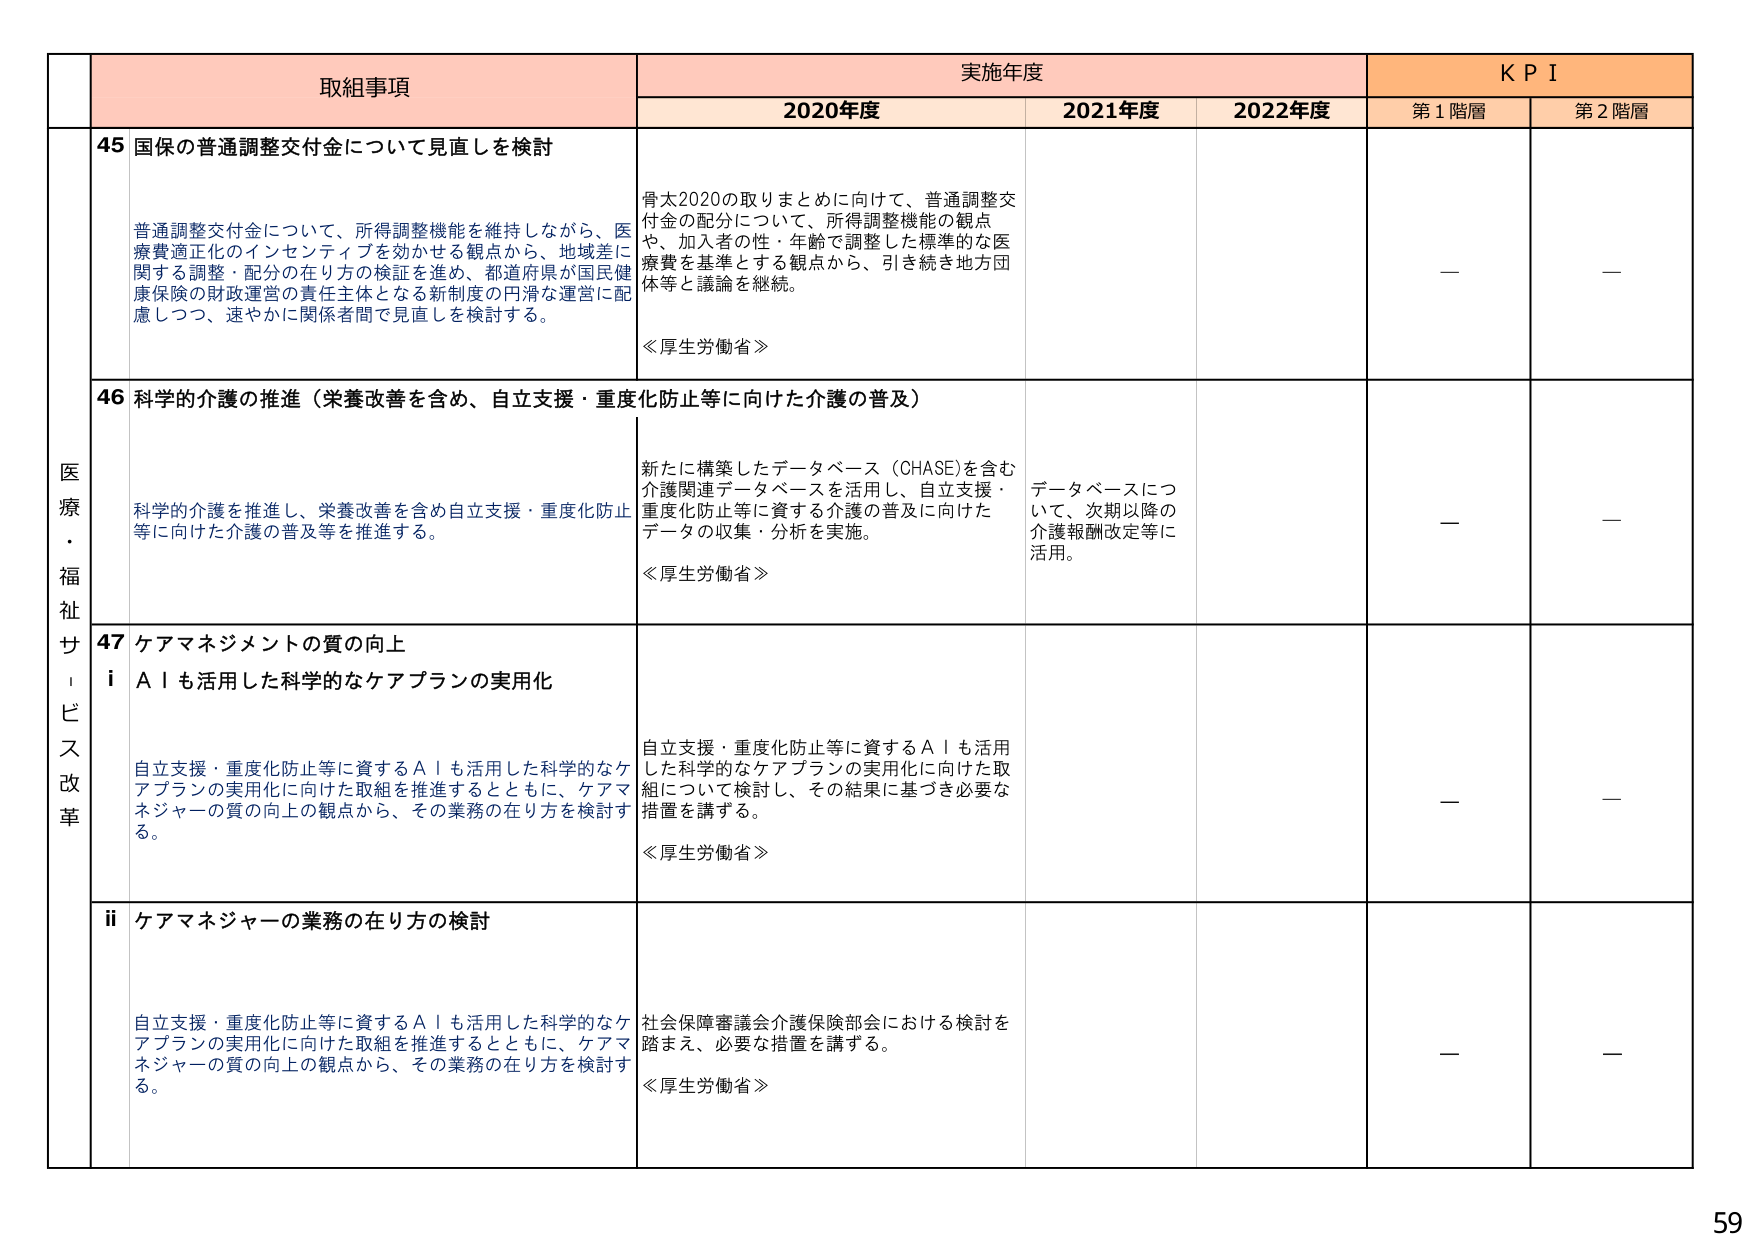
医療・福祉サービス改革

取組事項

45 国保の普通調整交付金について見直しを検討

普通調整交付金について、所得調整機能を維持しながら、医療費適正化のインセンティブを効かせる観点から、地域差に関する調整・配分の在り方の検証を進め、都道府県が国民健康保険の財政運営の責任主体となる新制度の円滑な運営に配慮しつつ、速やかに関係者間で見直しを検討する。

実施年度

2020年度

骨太2020の取りまとめに向けて、普通調整交付金の配分について、所得調整機能の観点や、加入者の性・年齢で調整した標準的な医療費を基準とする観点から、引き続き地方団体等と議論を継続。

≪厚生労働省≫

2021年度

2022年度

KPI

第1階層

—

第2階層

—

46 科学的介護の推進（栄養改善を含め、自立支援・重度化防止等に向けた介護の普及）

科学的介護を推進し、栄養改善を含め自立支援・重度化防止等に向けた介護の普及等を推進する。

新たに構築したデータベース（CHASE）を含む介護関連データベースを活用し、自立支援・重度化防止等に資する介護の普及に向けたデータの収集・分析を実施。

≪厚生労働省≫

データベースについて、次期以降の介護報酬改定等に活用。

—

—

47 ケアマネジメントの質の向上

i AIも活用した科学的なケアプランの実用化

自立支援・重度化防止等に資するAIも活用した科学的なケアプランの実用化に向けた取組を推進するとともに、ケアマネジャーの質の向上の観点から、その業務の在り方を検討する。

自立支援・重度化防止等に資するAIも活用した科学的なケアプランの実用化に向けた取組について検討し、その結果に基づき必要な措置を講ずる。

≪厚生労働省≫

—

—

ii ケアマネジャーの業務の在り方の検討

自立支援・重度化防止等に資するAIも活用した科学的なケアプランの実用化に向けた取組を推進するとともに、ケアマネジャーの質の向上の観点から、その業務の在り方を検討する。

社会保障審議会介護保険部会における検討を踏まえ、必要な措置を講ずる。

≪厚生労働省≫

—

—

59